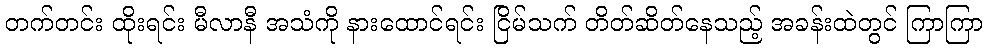
တက်တင်း ထိုးရင်း မီလာနီ အသံကို နားထောင်ရင်း ငြိမ်သက် တိတ်ဆိတ်နေသည့် အခန်းထဲတွင် ကြာကြာ